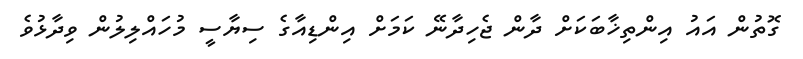
ގޮތުން އައު އިންތިޚާބަކަށް ދާން ޖެހިދާނޭ ކަމަށް އިންޑިއާގެ ސިޔާސީ މުހައްލިލުން ވިދާޅުވެ